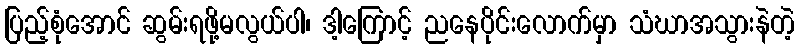
ပြည့်စုံအောင် ဆွမ်းရဖို့မလွယ်ပါ၊ ဒါ့ကြောင့် ညနေပိုင်းလောက်မှာ သံဃာအသွားနဲတဲ့